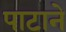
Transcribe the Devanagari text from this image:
पाटाने